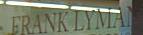
frank